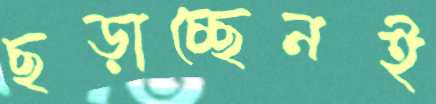
ছড়াচ্ছেনই